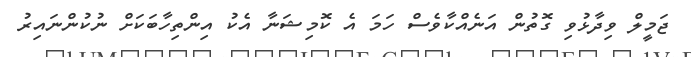
ޖަމީލް ވިދާޅުވި ގޮތުން އަނެއްކާވެސް ހަމަ އެ ކޮމިޝަނާ އެކު އިންތިހާބަކަށް ނުކުންނައިރު